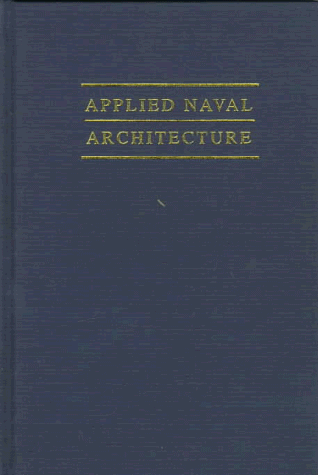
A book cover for Applied Naval Architecture; Robert B. Zubaly; Engineering & Transportation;